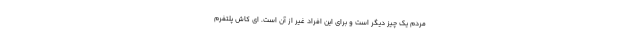
مردم یک چیز دیگر است و برای این افراد غیر از آن است. ای کاش پلتفرم